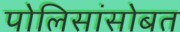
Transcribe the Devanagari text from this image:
पोलिसांसोबत